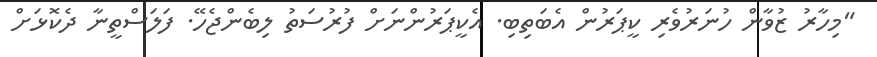
"މިހާރު ޒުވާން ހުނަރުވެރި ކީޕަރުން އެބަތިބި. އެކީޕަރުންނަށް ފުރުސަތު ލިބެންޖެހޭ. ފަލަސްތީނާ ދެކޮޅަށް